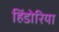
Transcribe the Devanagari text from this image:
हिंडोरिया